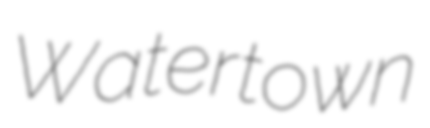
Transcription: Watertown